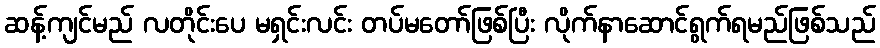
ဆန့်ကျင်မည် လတိုင်းပေ မရှင်းလင်း တပ်မတော်ဖြစ်ပြီး လိုက်နာဆောင်ရွက်ရမည်ဖြစ်သည်